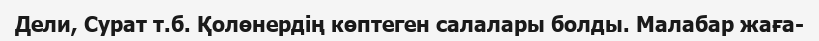
Дели, Сурат т.б. Қолөнердің көптеген салалары болды. Малабар жаға-